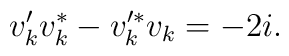
v'_kv^*_k-v'^*_k v_k=-2i.